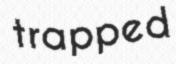
trapped